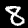
Digit: 8